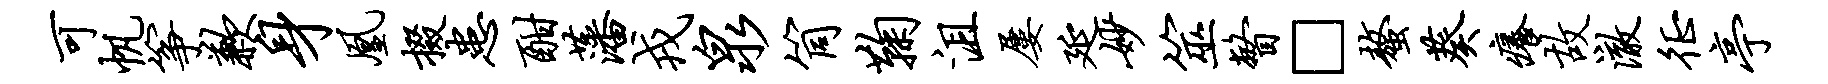
可帆筝歉身凰掇患酣藩戎泉筒鞠沮屡延妙筮瞥□螯葵痒故澈徵亭